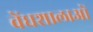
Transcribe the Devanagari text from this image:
वेंधशालाओं